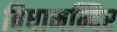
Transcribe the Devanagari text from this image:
विधामन्दिर